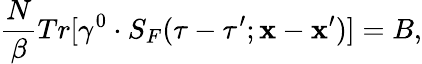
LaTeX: \frac{N}{\beta}Tr[\gamma^{0}\cdot S_{F}(\tau-\tau^{\prime};{\mathbf x}-{\mathbf x}^{\prime})]=B,